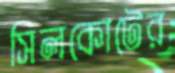
সিলকোটের